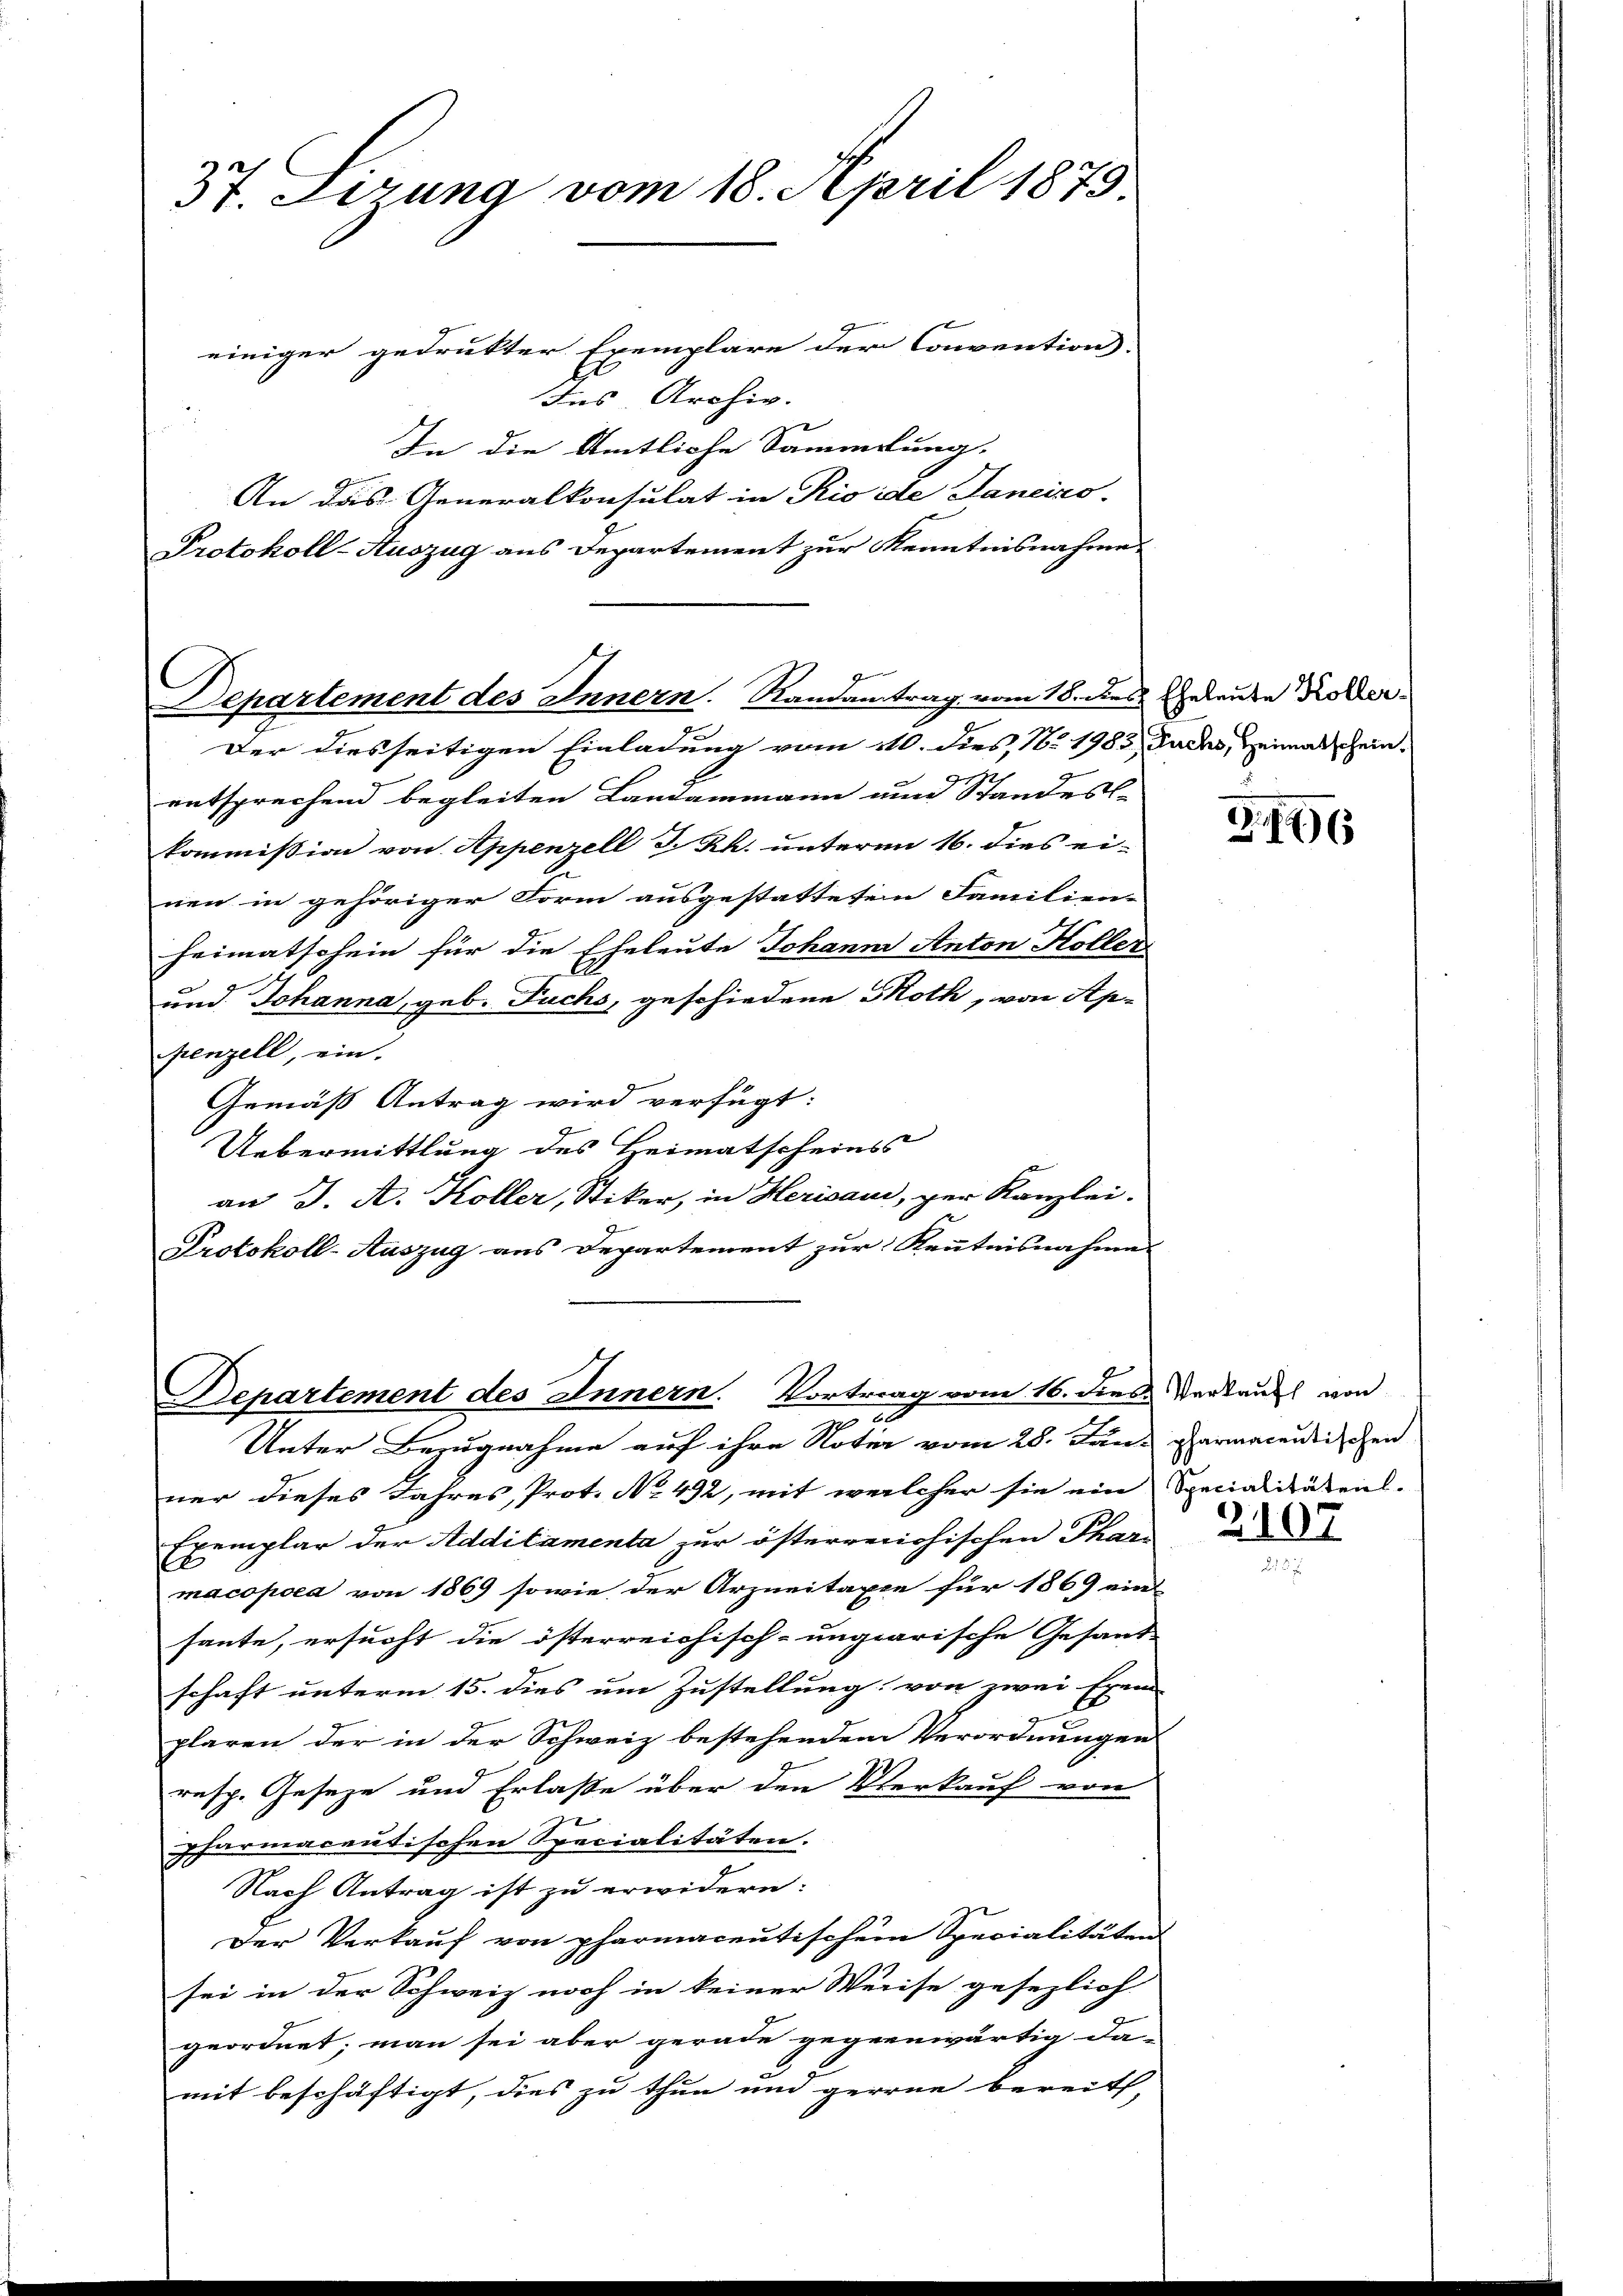
37. Sizung vom 18. April 1879

einiger gedrukter Exemplare der Convention
Ins Archiv.
In die Amtliche Sammlung.
An das Generalkonsulat in Rio ide Janeiro-
Protokoll-Auszug aus Departement zur Kenntnisnahme

Departement des Innern. Randantrag vom 18. dies Geleute Koller-
Der diesseitigen Einladung vom 110. dies, No 1985, Judas, Heimatschein¬

Departement des Innern. Vortrag vom 16. dies Verkauft von
20
Unter Bezugnahme auf ihre Noter vom 28. Jan. permacentischen

entsprechend begleiten Landammann und Standes-
kommission von Appenzell I. Rh. unterm 16. dies ei-
nen in gehöriger Form ausgestatteten Familien-
heimatschein für die Eheleute Johann Anton Holler
und Johanna, geb. Fuchs, geschiedene Noth, von Ap-
penzell, ein.
Gemäß Antrag wird verfügt:
Uebermittlung des Heimatscheins
an J. A. Koller, Stiker, in Herisau, per Kanzlei.
Protokoll-Auszug aus Departement zur Kenntnisnahmes

ner dieses Jahres, Prot. No. 492, mit welcher sie ein Specialitätens-
Exemplar der Additamenta zur österreichischen Phari
macopoea von 1869 sowie der Arzneitaxe für 1869 ein
haute, ersucht die österreichisch-ungarische Gesand-
schaft unterm 15. dies um Zustellung von zwei Exem
plaren der in der Schweiz bestehendem Verordnungen
resp. Geseze und Erlaße über den Verkauf von
pharmacentischen Specialitäten.
Nach Antrag ist zu erwidern:
Der Verkauf von pharmacentischem Specialitäten
sei in der Schweiz noch in keiner Weise gesezlich
geordnet; man sei aber gerade gegenwärtig da-
mit beschäftigt, dies zu thun und gerne bereits,

Z.146

2107